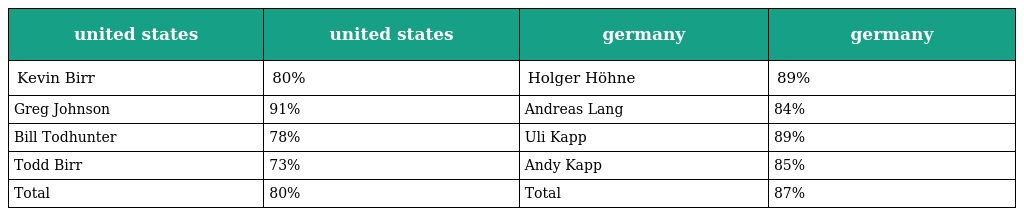
| united states | united states | germany | germany |
 | --- | --- | --- | --- |
 | Kevin Birr | 80% | Holger Höhne | 89% |
 | Greg Johnson | 91% | Andreas Lang | 84% |
 | Bill Todhunter | 78% | Uli Kapp | 89% |
 | Todd Birr | 73% | Andy Kapp | 85% |
 | Total | 80% | Total | 87% |